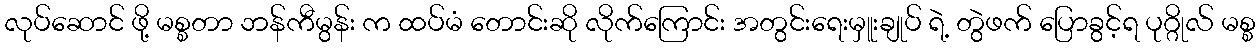
လုပ်ဆောင် ဖို့ မစ္စတာ ဘန်ကီမွန်း က ထပ်မံ တောင်းဆို လိုက်ကြောင်း အတွင်းရေးမှူးချုပ် ရဲ့ တွဲဖက် ပြောခွင့်ရ ပုဂ္ဂိုလ် မစ္စ